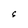
Character: S